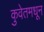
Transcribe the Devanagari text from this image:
कुवेतमधून